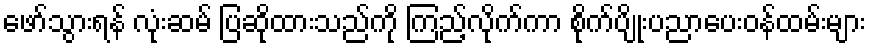
ဖော်သွားရန် လုံးဆမ် ပြဆိုထားသည်ကို ကြည့်လိုက်ကာ စိုက်ပျိုးပညာပေးဝန်ထမ်းများ